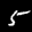
Label: 5